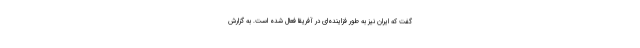
گفت که ایران نیز به طور فزاینده‌ای در آفریقا فعال شده است. به گزارش